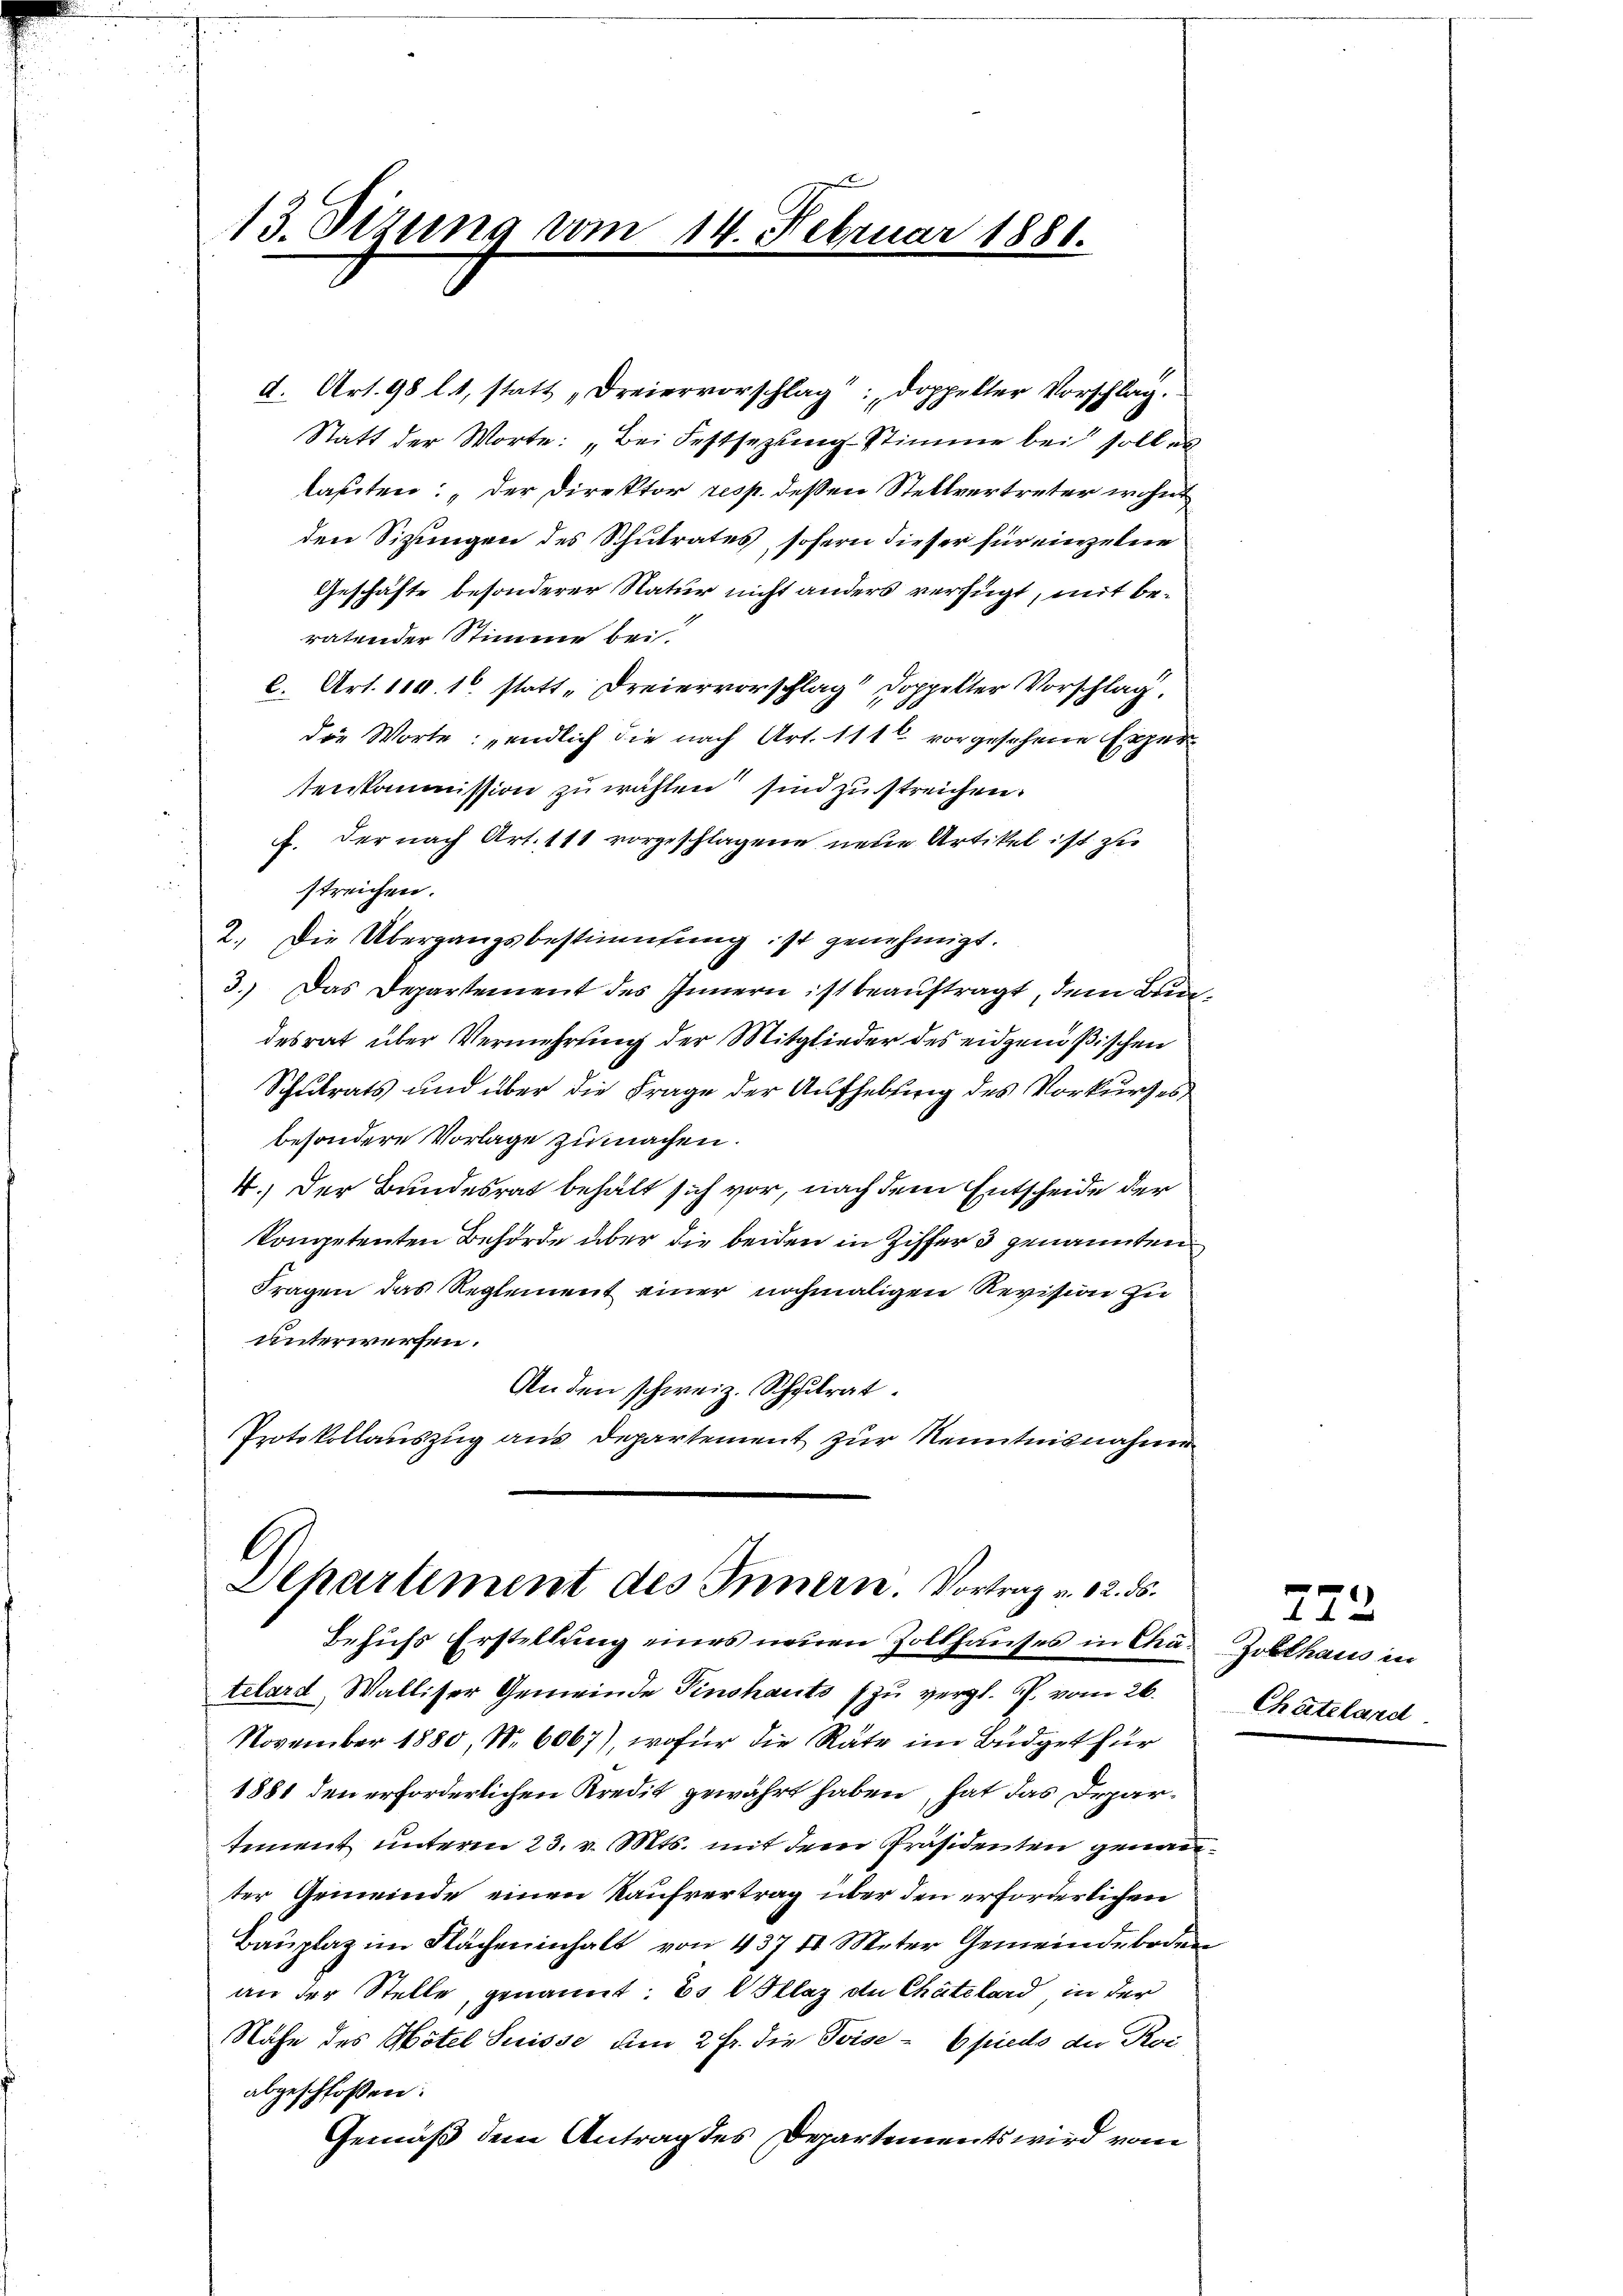
e
13. Sizung vom 14. Februar 1881.

d. Art. 98 l. 1, statt „Dreiervorschlag doppelter Vorschlag.
Statt der Worte: „Bei Festsezung Stimme bei sollen
lasten: „Der Direktor resp. deßen Stellvertreter wohnt
den Sizungen des Schulrates, sofern dieser für einzelne
Geschäfte besonderer Natur nicht anders verfügt, mit beratender Stimme bei.
l. Art. 110. 10 statt „Dreiervorschlag doppelter Vorschlag,
die Worte: endlich die nach Art. 111 vorgesehene Exper
senkommission zu wählen sind zu streichen.
f. der nach Art. 111 vorgeschlagene neue Artikel ist zu
streichen.
2. Die Übergangsbestimmung, ist genehmigt.
3.) Das Departement des Innern ist beauftragt, dem Bundesrat über Vermehrung der Mitglieder des eidgenößischen
Schulrats und über die Frage der Aufhebung des Vorkurses
besondere Vorlage zumachen.
4.) Der Bundesrat behält sich vor, nach dem Entscheide der
kompetenten Behörde über die beiden in Ziffer 3 genannten
Fragen das Reglement einer nochmaligen Revision zu
unterwerfen.
An den schweiz. Schulrat.
Protokollauszug aus Departement zur Kenntnisnahme

Departement des Innern. Vortrag v. 12. ds.
Behufs Erstellung eines neuen Zollhauses in Cha-Zollhaus in

telard, Walliser Gemeinde Pinshauts zu vergl. h. vom 26.
November 1880, Nr. 6067), wofür die Räte im Büdget für
1881 den erforderlichen Kredit gewährt haben, hat das Departement unterm 23. v. Mts. mit dem Präsidenten genannter Gemeinde einen Kaufvertrag über den erforderlichen
Bauplaz im Flächeninhalt von 437 d Meter Gemeindeboden
an der Stelle, genannt: Es l Ollaz de Chätelard, in der
Nähe des Hotel Suisse um 2 Fr. die Poise - 6 pieds die Roi
abgeschloßen:
Gemäß dem Antrag des Departements wird vom

222
Chateland.